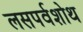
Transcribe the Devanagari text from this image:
लसपर्वशोथ